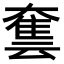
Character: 𡙿